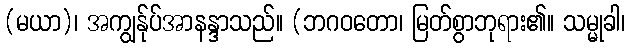
(မယာ)၊ အကျွန်ုပ်အာနန္ဒာသည်။ (ဘဂဝတော၊ မြတ်စွာဘုရား၏။ သမ္မုခါ၊